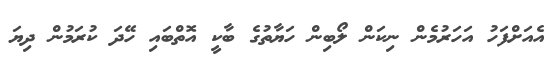
އެއަށްފަހު އަހަރުމެން ނިކަން ލޯބިން ހަޔާތުގެ ބާކީ އޮތްބައި ހޭދަ ކުރަމުން ދިޔަ